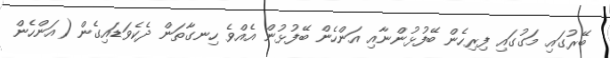
ބޭރުގައި މަގުގައި ފިރިހެން ބޭފުޅުންނާއި އަންހެން ބޭފުޅުން އެއްވެ ހިނގާތަން ދެކެވަޑައިގެން (އަންހެން